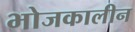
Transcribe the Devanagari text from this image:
भोजकालीन